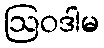
ဩဝဒါမ